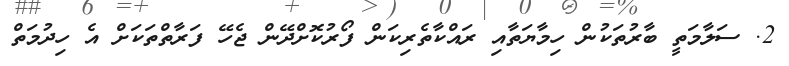
2. ސަލާމަތީ ބާރުތަކުން ހިމާޔަތާއި ރައްކާތެރިކަން ފޯރުކޮށްދޭން ޖެހޭ ފަރާތްތަކަށް އެ ހިދުމަތް